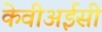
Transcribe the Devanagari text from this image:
केवीअईसी